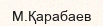
М.Қарабаев